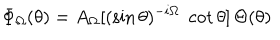
\Phi _ { \Omega } ( \theta ) = A _ { \Omega } [ ( \sin \theta ) ^ { - i \Omega } \; \cot \theta ] \, \Theta ( \theta )